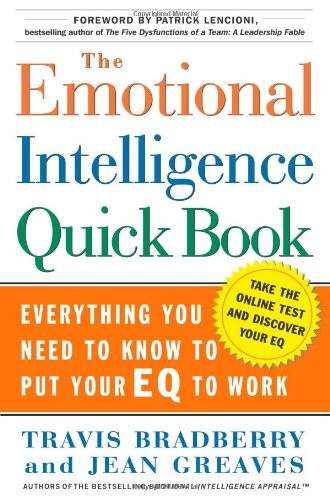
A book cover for The Emotional Intelligence Quick Book; Travis Bradberry; Health, Fitness & Dieting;